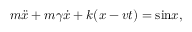
m \ddot { x } + m { \gamma } \dot { x } + k ( x - v t ) = \mathrm { s i n } x ,